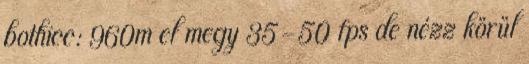
bothicc: 960m el megy 35-50 fps de nézz körül